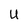
Character: U